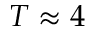
T \approx 4